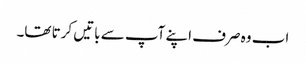
اب وہ صرف اپنے آپ سے باتیں کرتا تھا۔